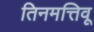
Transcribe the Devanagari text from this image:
तिनमत्तिवू